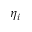
\eta _ { i }